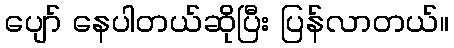
ပျော် နေပါတယ်ဆိုပြီး ပြန်လာတယ်။